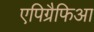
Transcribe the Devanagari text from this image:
एपिग्रैफिआ